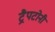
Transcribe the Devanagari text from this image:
ट्रैपटोनी